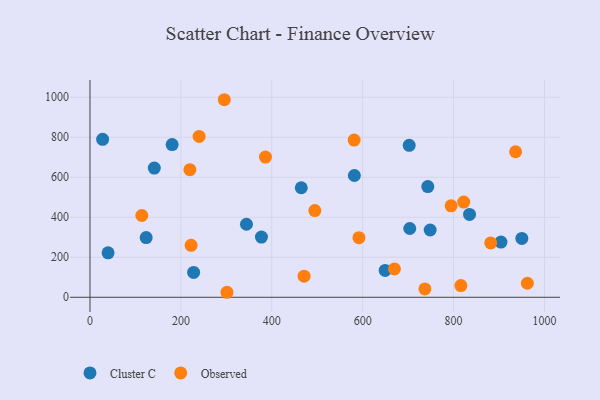
{"axis": {"x": "Engine Size", "y": "Fuel Efficiency"}, "legend": ["Cluster C", "Observed"], "data": [{"x": "743.3", "y": 553.2, "type": "Cluster C"}, {"x": "464.9", "y": 547.6, "type": "Cluster C"}, {"x": "377.3", "y": 300.8, "type": "Cluster C"}, {"x": "835.1", "y": 414.1, "type": "Cluster C"}, {"x": "748.5", "y": 336.2, "type": "Cluster C"}, {"x": "649.4", "y": 134.1, "type": "Cluster C"}, {"x": "180.8", "y": 763.3, "type": "Cluster C"}, {"x": "904.3", "y": 276.1, "type": "Cluster C"}, {"x": "123.6", "y": 298.6, "type": "Cluster C"}, {"x": "702.4", "y": 759.8, "type": "Cluster C"}, {"x": "344.3", "y": 365.1, "type": "Cluster C"}, {"x": "141.5", "y": 645.6, "type": "Cluster C"}, {"x": "228.0", "y": 124.2, "type": "Cluster C"}, {"x": "581.7", "y": 608.7, "type": "Cluster C"}, {"x": "39.8", "y": 222.1, "type": "Cluster C"}, {"x": "27.8", "y": 789.5, "type": "Cluster C"}, {"x": "703.6", "y": 343.7, "type": "Cluster C"}, {"x": "950.2", "y": 294.0, "type": "Cluster C"}, {"x": "301.4", "y": 25.0, "type": "Observed"}, {"x": "471.1", "y": 105.7, "type": "Observed"}, {"x": "669.9", "y": 141.8, "type": "Observed"}, {"x": "962.4", "y": 70.2, "type": "Observed"}, {"x": "240.1", "y": 804.2, "type": "Observed"}, {"x": "822.4", "y": 476.1, "type": "Observed"}, {"x": "816.1", "y": 58.4, "type": "Observed"}, {"x": "494.7", "y": 433.4, "type": "Observed"}, {"x": "591.8", "y": 298.0, "type": "Observed"}, {"x": "936.5", "y": 727.5, "type": "Observed"}, {"x": "219.8", "y": 638.0, "type": "Observed"}, {"x": "794.6", "y": 457.2, "type": "Observed"}, {"x": "736.9", "y": 41.8, "type": "Observed"}, {"x": "386.1", "y": 700.6, "type": "Observed"}, {"x": "114.0", "y": 408.9, "type": "Observed"}, {"x": "881.7", "y": 271.6, "type": "Observed"}, {"x": "295.5", "y": 987.5, "type": "Observed"}, {"x": "222.5", "y": 259.6, "type": "Observed"}, {"x": "581.2", "y": 786.0, "type": "Observed"}]}